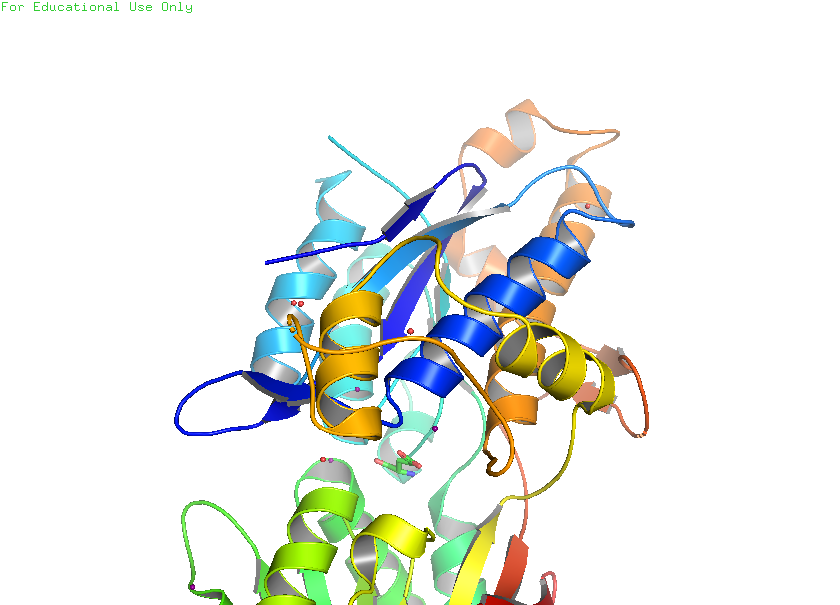
pymol, preset, pub_solv